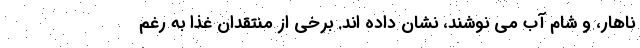
ناهار، و شام آب می نوشند، نشان داده اند. برخی از منتقدان غذا به رغم